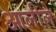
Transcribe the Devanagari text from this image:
आलीले